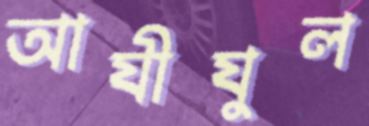
আযীযুল